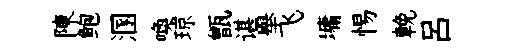
陳鲍溷喚琼甑谌舉飞墉惕輓呂